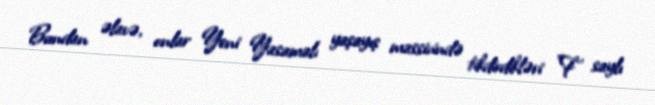
Bundan əlavə, onlar Yeni Yasamalı yaşayış massivində tikdirdikləri ”F" saylı